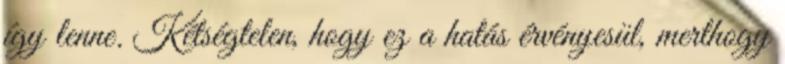
így lenne. Kétségtelen, hogy ez a hatás érvényesül, merthogy